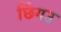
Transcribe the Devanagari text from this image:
छिंगउ